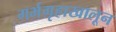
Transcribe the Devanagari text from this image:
गर्भगृहाखालून